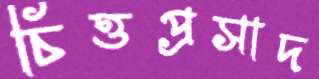
চিত্তপ্রসাদ